画像に写った文字を読んでください
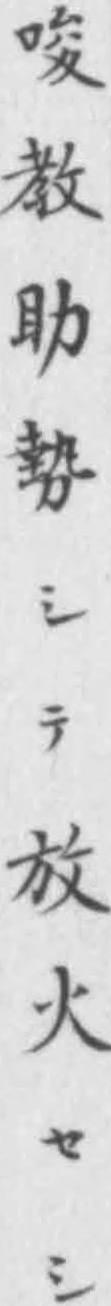
「唆教助勢シテ放火セシ」と書いてあります